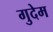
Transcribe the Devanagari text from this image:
गुदेम